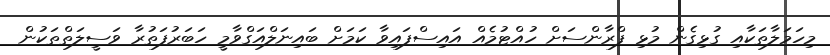
މިހަމަލާތަކާއި ގުޅިގެން މުޅި ފްރާންސަށް ހުއްޓުމެއް އައިސްފައިވާ ކަމަށް ބައިނަލްއަގްވާމީ ހަބަރުފަތުރާ ވަސީލަތްތަކުން